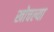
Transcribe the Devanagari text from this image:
खोचल्या